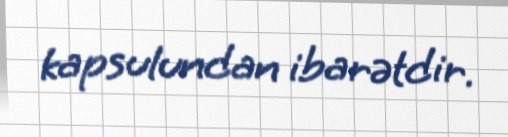
kapsulundan ibarətdir.